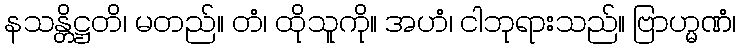
နသန္တိဋ္ဌတိ၊ မတည်။ တံ၊ ထိုသူကို။ အဟံ၊ ငါဘုရားသည်။ ဗြာဟ္မဏံ၊